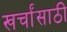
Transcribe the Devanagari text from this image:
खर्चांसाठी